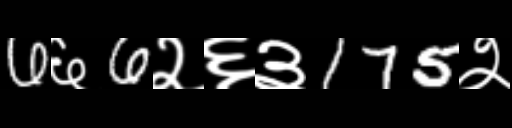
Text: 6६6२६३175२